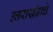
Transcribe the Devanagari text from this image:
उत्तराखंडाचे